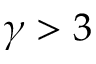
\gamma > 3